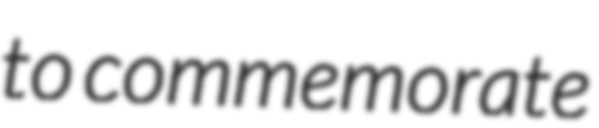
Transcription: to commemorate